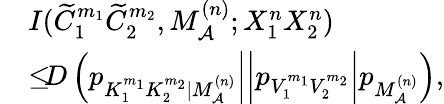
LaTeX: \begin{array}{rl}&{I(\widetilde{C}_{1}^{m_{1}}\widetilde{C}_{2}^{m_{2}},M_{\cal A}^{(n)};X_{1}^{n}X_{2}^{n})}\\ &{\leq\left.\left.\left.\! \! \! D\left(p_{K_{1}^{m_{1}}K_{2}^{m_{2}}|M_{\cal A}^{(n)}}\right|\right|p_{V_{1}^{m_{1}}V_{2}^{m_{2}}}\right|p_{M_{\cal A}^{(n)}}\right),}\end{array}